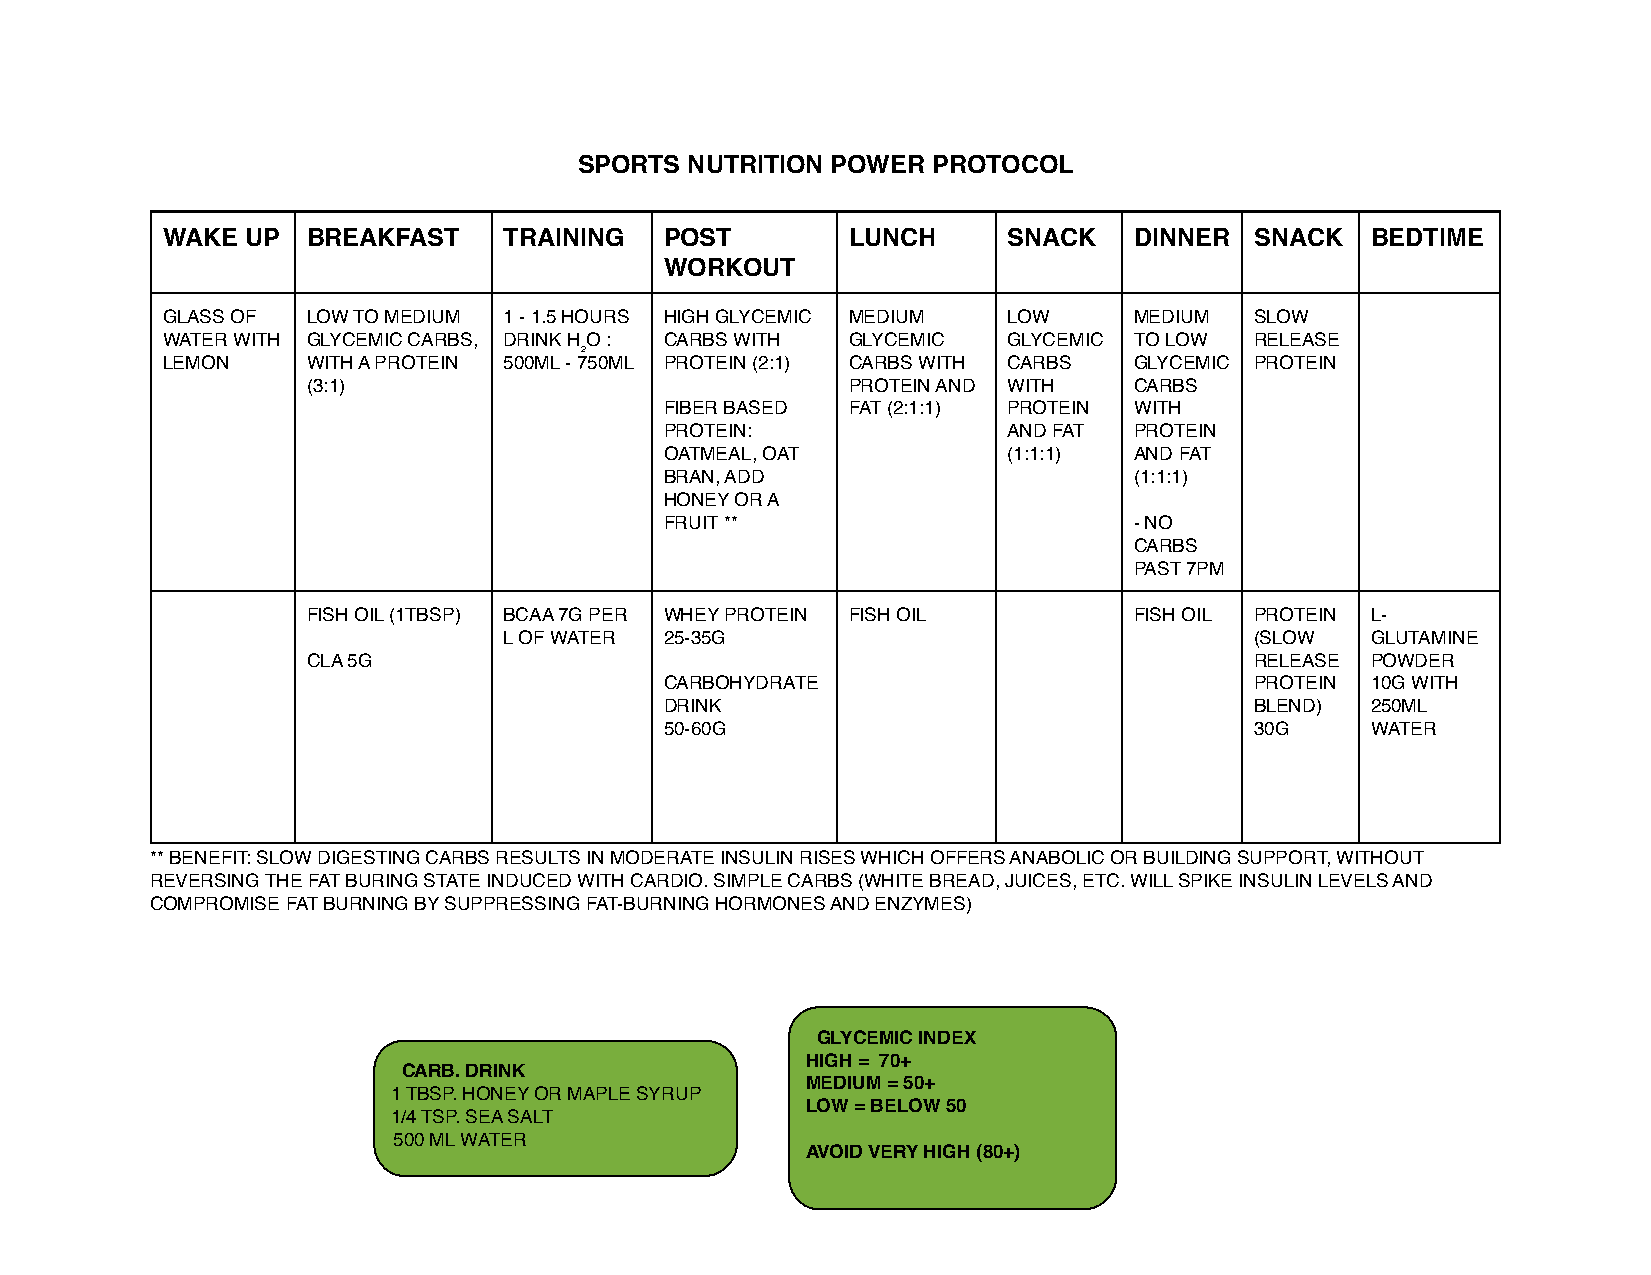
SPORTS NUTRITION POWER  PROTOCOL
 WAKE UP  BREAKFAST    TRAINING   POST        LUNCH      SNACK   DINNER  SNACK   BEDTIME
 WORKOUT
 GLASS OF LOW TO MEDIUM 1 - 1.5 HOURS HIGH GLYCEMIC MEDIUM LOW   MEDIUM  SLOW
 WATER WITH GLYCEMIC CARBS, DRINK H₂O : CARBS WITH GLYCEMIC GLYCEMIC TO LOW RELEASE
 LEMON    WITH A PROTEIN 500ML - 750ML PROTEIN (2:1) CARBS WITH CARBS GLYCEMIC PROTEIN
 (3:1)                               PROTEIN AND WITH   CARBS
 FIBER BASED FAT (2:1:1) PROTEIN WITH
 PROTEIN:               AND FAT PROTEIN
 OATMEAL, OAT           (1:1:1) AND FAT
 BRAN, ADD                      (1:1:1)
 HONEY OR A
 FRUIT **                       - NO
 CARBS
 PAST 7PM
 FISH OIL (1TBSP) BCAA 7G PER WHEY PROTEIN FISH OIL     FISH OIL PROTEIN L-
 L OF WATER 25-35G                                 (SLOW   GLUTAMINE
 CLA 5G                                                         RELEASE POWDER
 CARBOHYDRATE                           PROTEIN 10G WITH
 DRINK                                  BLEND)  250ML
 50-60G                                 30G     WATER
 ** BENEFIT: SLOW DIGESTING CARBS RESULTS IN MODERATE INSULIN RISES WHICH OFFERS ANABOLIC OR BUILDING SUPPORT, WITHOUT
 REVERSING THE FAT BURING STATE INDUCED WITH CARDIO. SIMPLE CARBS (WHITE BREAD, JUICES, ETC. WILL SPIKE INSULIN LEVELS AND
 COMPROMISE FAT BURNING BY SUPPRESSING FAT-BURNING HORMONES AND ENZYMES)
 GLYCEMIC INDEX
 HIGH = 70+
 CARB. DRINK
 MEDIUM = 50+
 1 TBSP. HONEY OR MAPLE SYRUP
 LOW = BELOW 50
 1/4 TSP. SEA SALT
 500 ML WATER
 AVOID VERY HIGH (80+)